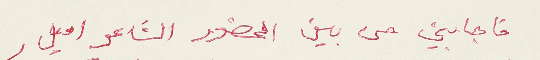
فاجابني من بين الحضور الشاعر اميل